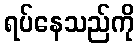
ရပ်နေသည်ကို